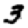
Digit: 3